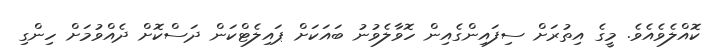
ކޮއްލެވެއެވެ. މީގެ އިތުރަށް ސިފައިންގެއިން ހޮވާލެވުނު ބައަކަށް ޕައިލެޓްކަން ދަސްކޮށް ދެއްވުމަށް ހިންގި